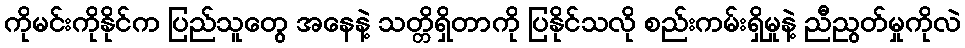
ကိုမင်းကိုနိုင်က ပြည်သူတွေ အနေနဲ့ သတ္တိရှိတာကို ပြနိုင်သလို စည်းကမ်းရှိမှုနဲ့ ညီညွတ်မှုကိုလဲ